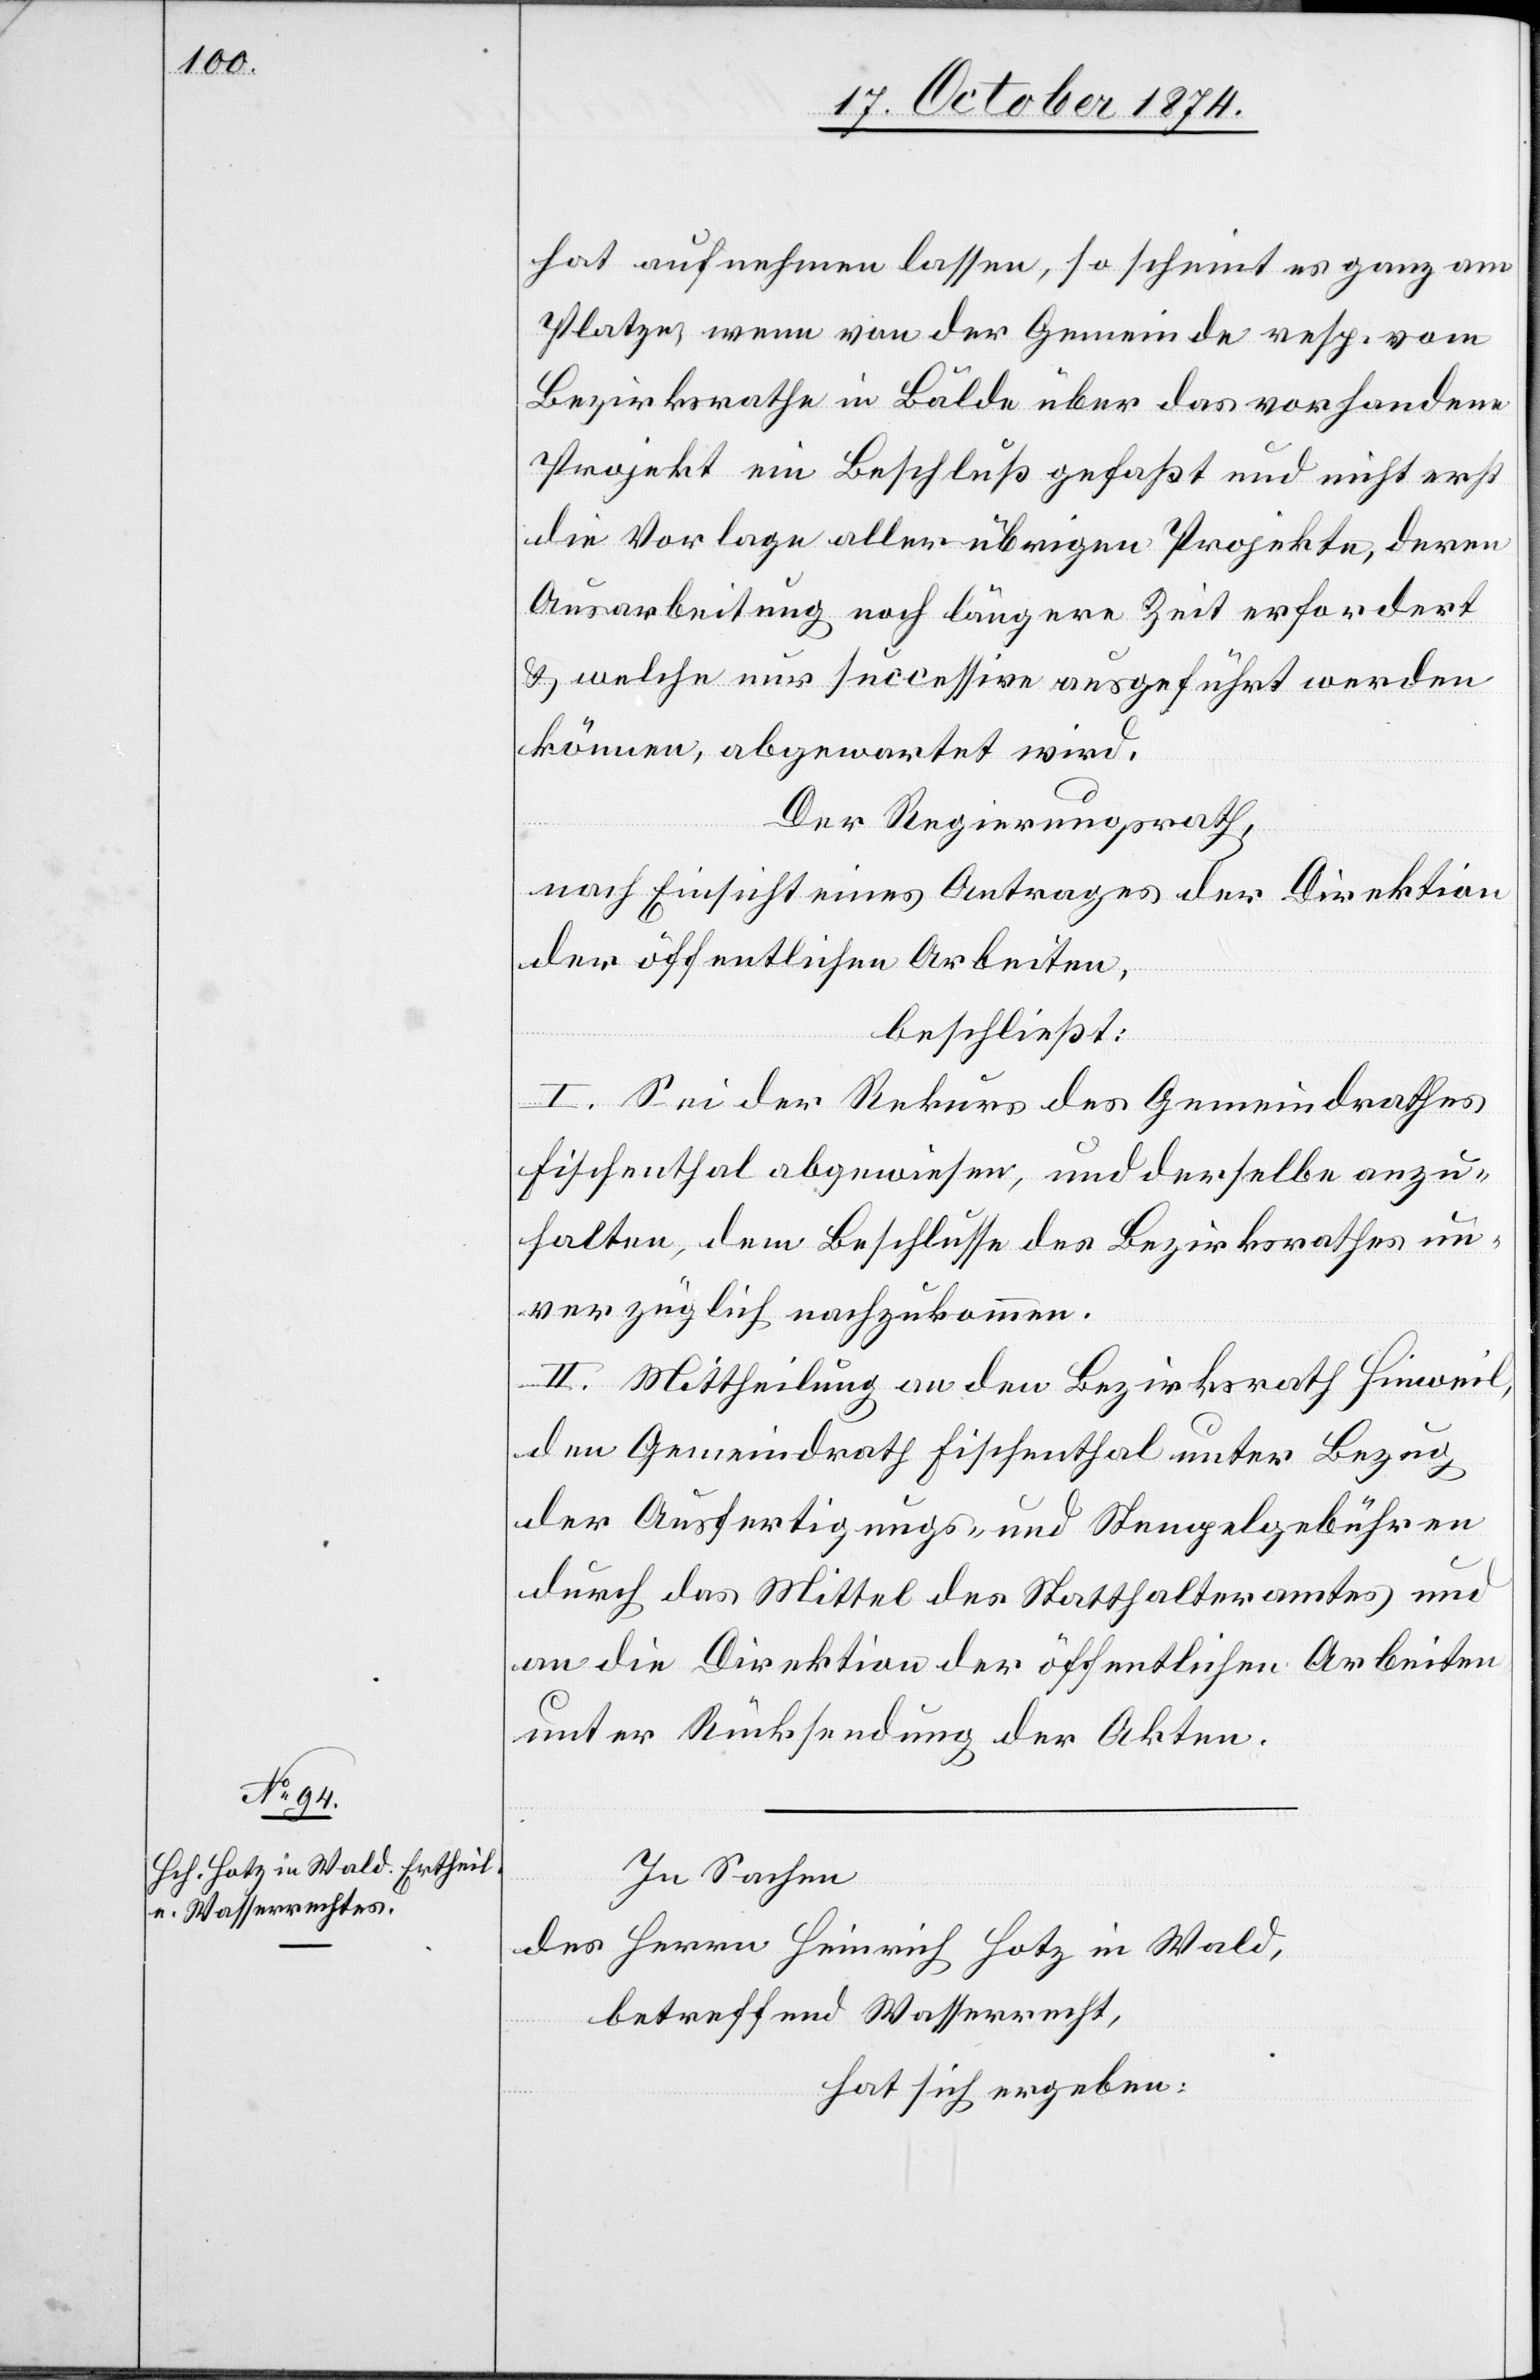
hat aufnehmen lassen, so scheint es ganz am
Platze, wenn von der Gemeinde resp. vom
Bundesrathe in Bälde über das vorhandene
Projekt ein Beschluß gefaßt und nicht erst
die Vorlage aller übrigen Projekte, deren
Ausarbeitung noch längere Zeit erfordert
& welche nur successive ausgeführt werden
können, abgewartet wird.
Der Regierungsrath,
nach Einsicht eines Antrages der Direktion
der öffentlichen Arbeiten,
beschließt:
I. Sei der Rekurs des Gemeindrathes
Fischenthal abgewiesen, und derselbe anzu¬
halten, dem Beschlusse des Bezirksrathes un¬
verzüglich nachzukommen.
II. Mittheilung an den Bezirksrath Hinweil,
den Gemeindrath Fischenthal unter Bezug
der Ausfertigungs- und Stempelgebühren
durch das Mittel des Statthalteramtes und
an die Direktion der öffentlichen Arbeiten
unter Rücksendung der Akten.
In Sachen
des Herrn Heinrich Hotz in Wald,
betreffend Wasserrecht,
hat sich ergeben: